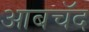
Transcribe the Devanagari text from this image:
आबचॅद